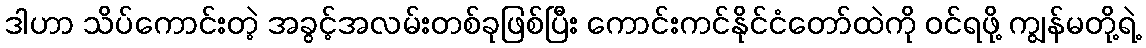
ဒါဟာ သိပ်ကောင်းတဲ့ အခွင့်အလမ်းတစ်ခုဖြစ်ပြီး ကောင်းကင်နိုင်ငံတော်ထဲကို ဝင်ရဖို့ ကျွန်မတို့ရဲ့